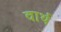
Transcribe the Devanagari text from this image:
वार्थ